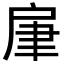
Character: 肁